Riigikantselei, lk 16
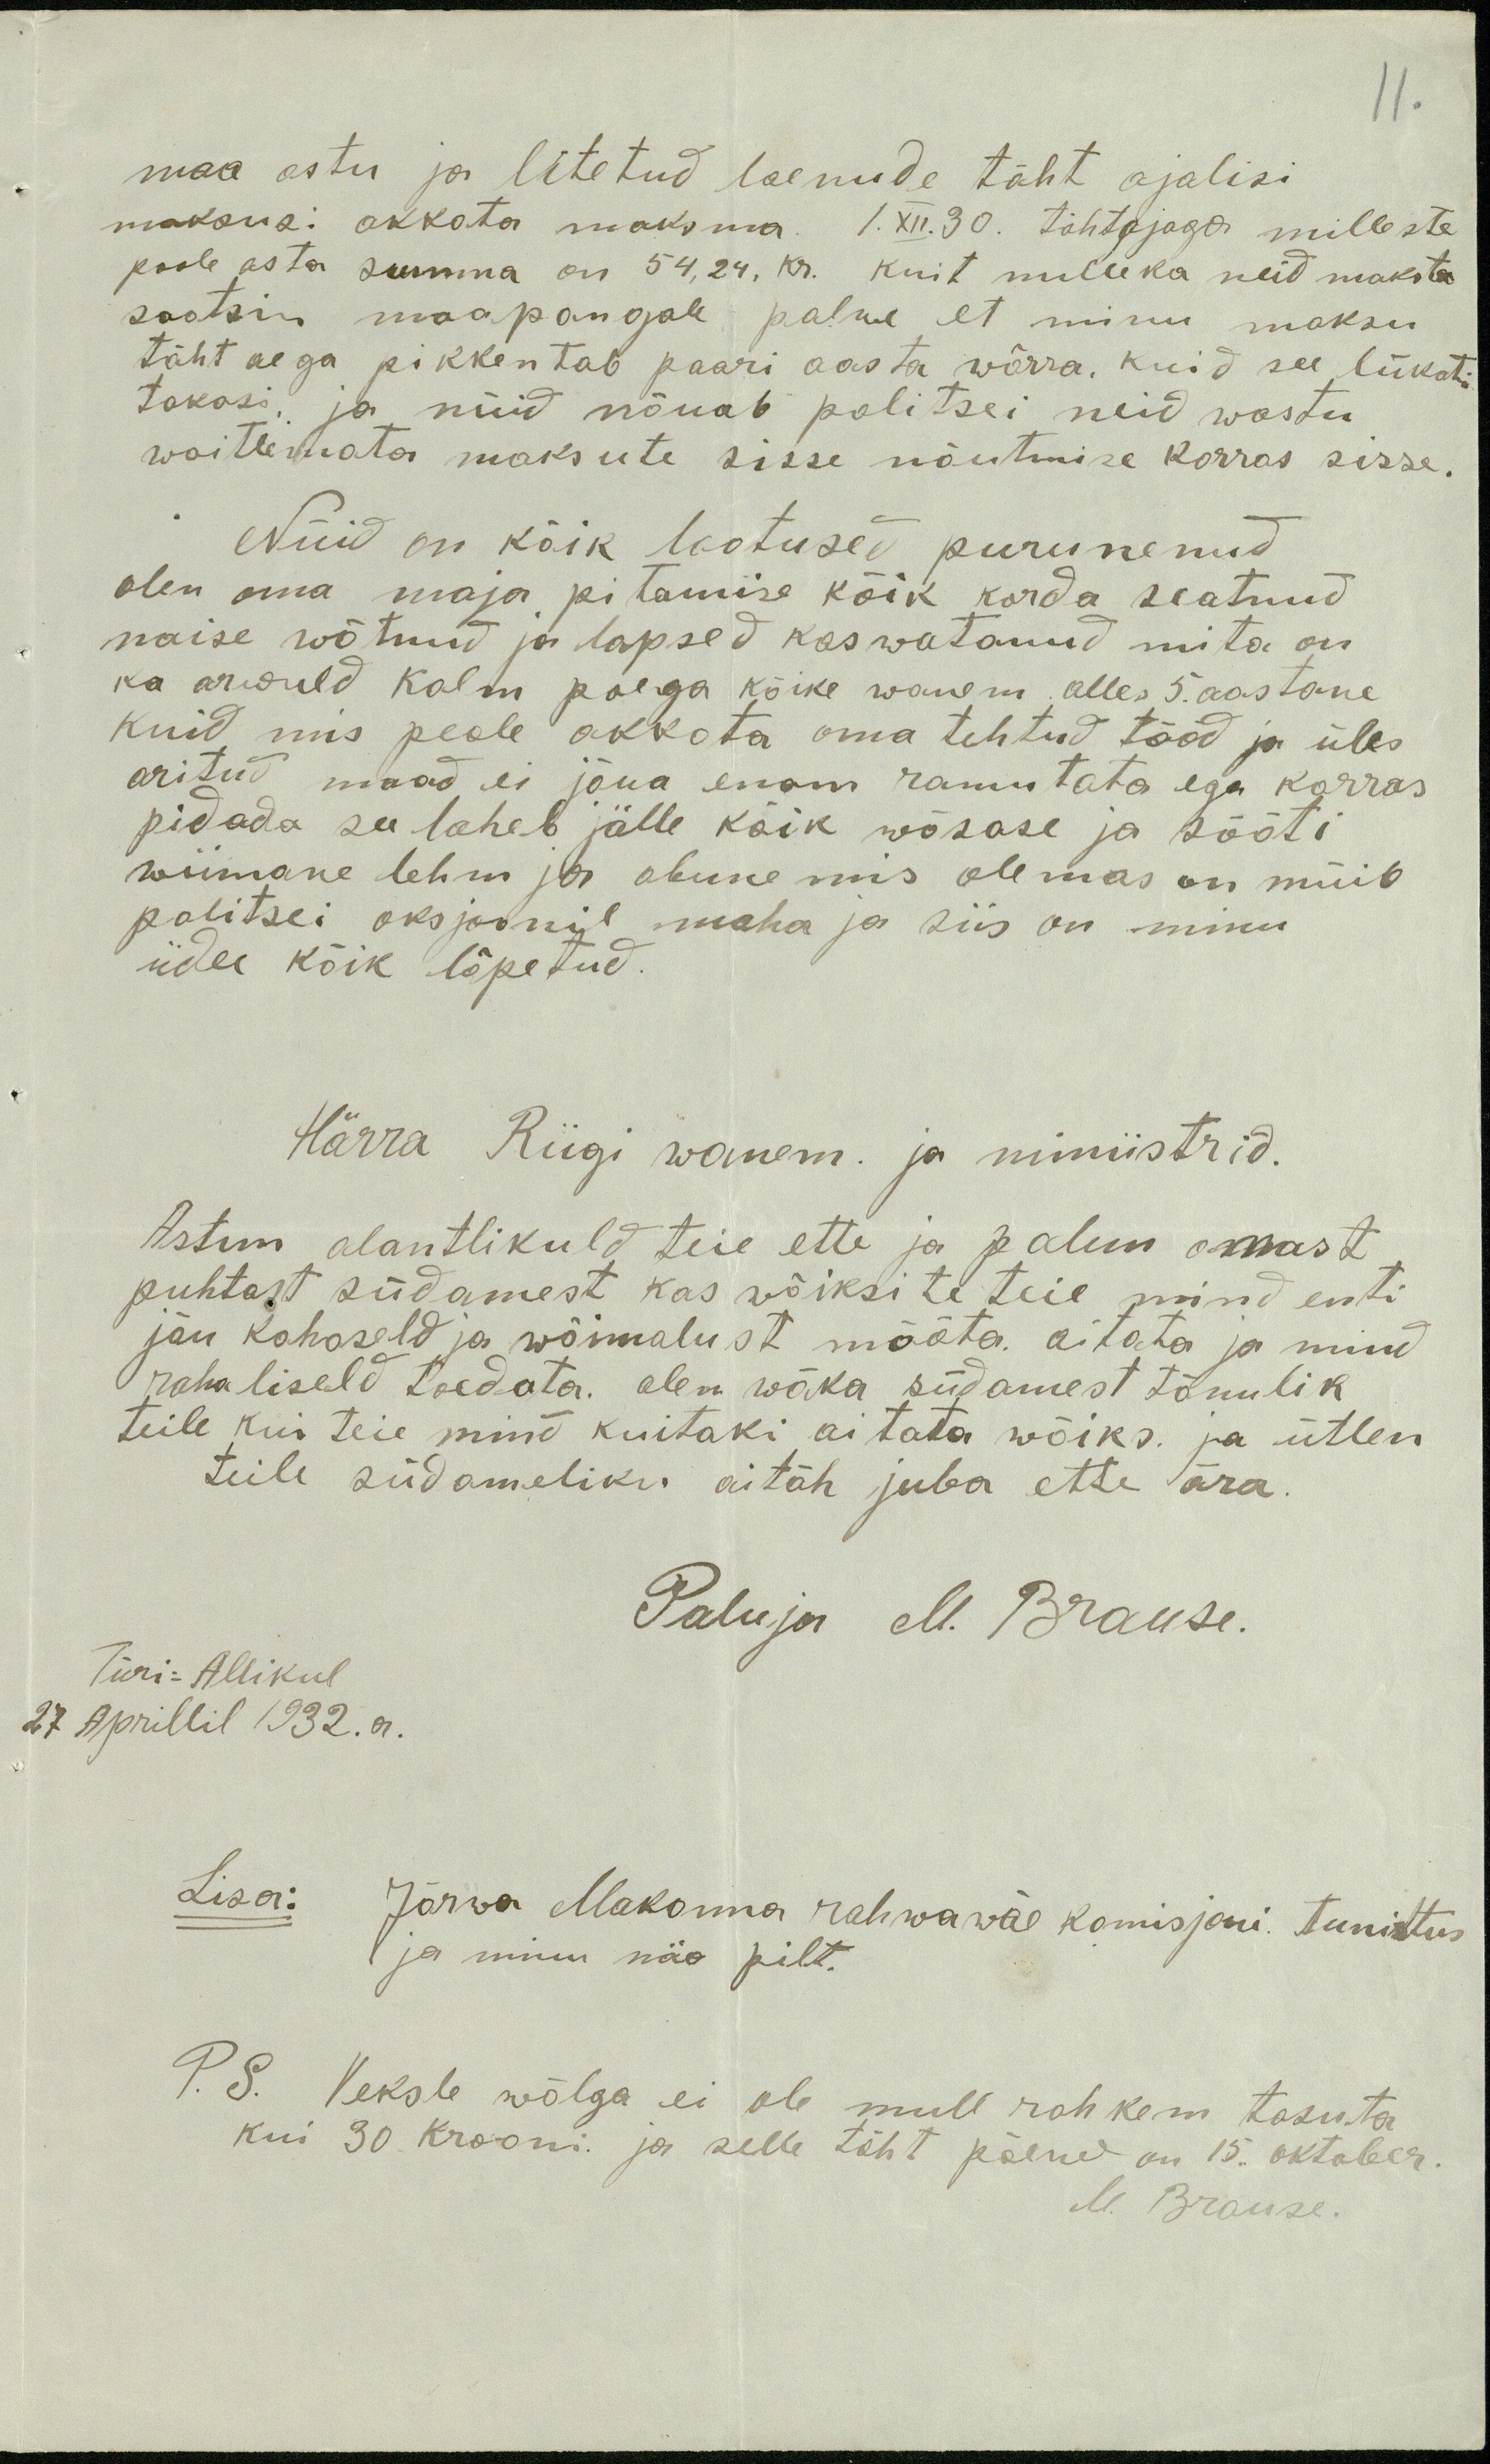
11.
maa ostu ja litetud laenude täht ajalisi
maksusi akkata maksma 1.XII.30. tähtajaga milleste
poole asta summa on 54,24, kr. kuit milleka neid maksta
saatsin maapangale palwe et minu maksu
täht aega pikkentab paari aasta wõrra. kuid see lükati
takasi ja nüid nõuab politsei neid wastu
wõitlemata maksute sisse nõutmise korras sisse.
Nüid on kõik lootused purunenud
olen oma maja pitamise kõik korda seatnud
naise wõtnud ja lapsed kaswatanud mita on
ka arwuld kolm poega kõike wanem alles 5. aastane
kuid mis peale akkata oma tehtud tööd ja üles
aritud maad ei jõua enam ramutata ega korras
pidada see laheb jälle kõik wõsase ja sööti
wiimane lehm ja obune mis olemas on müib
politsei oksjoonil maha ja siis on minu
iides kõik lõpetud.
Härra Riigi wanem ja miniistrid.
Astun alantlikuld teie ette ja palun omast
puhtast südamest kas võiksi te teie mind enti
jõu kohaseld ja wõimalust mõõta. aitata ja mind
rahaliseld toedata olen wäka südamest tänulik
teile kui teie mind kuitaki aitata wõiks. ja ütlen
teile südameliku aitäh juba ette ära.
Paluja M. Brause.
Türi-Allikul
27 Aprillil 1932.a.
Lisa: Järva Makonna rahwawäe komisjoni tunisttus
ja minu näo pilt.
P. S. Veksle wõlga ei ole mull rohkem tasuta
kui 30 krooni. ja selle täht päew on 15. oktober.
M. Brause.